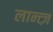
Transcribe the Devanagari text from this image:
लान्त्ज़